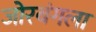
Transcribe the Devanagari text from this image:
जोरबंगला